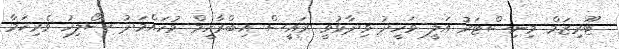
ޓޫރިޒަމް މިނިސްޓަރު އަލީ ވަހީދު ވިދާޅުވީ ރައީސް އިބްރާހީމް މުހައްމަދު ސޯލިހު ވެރިކަމާ